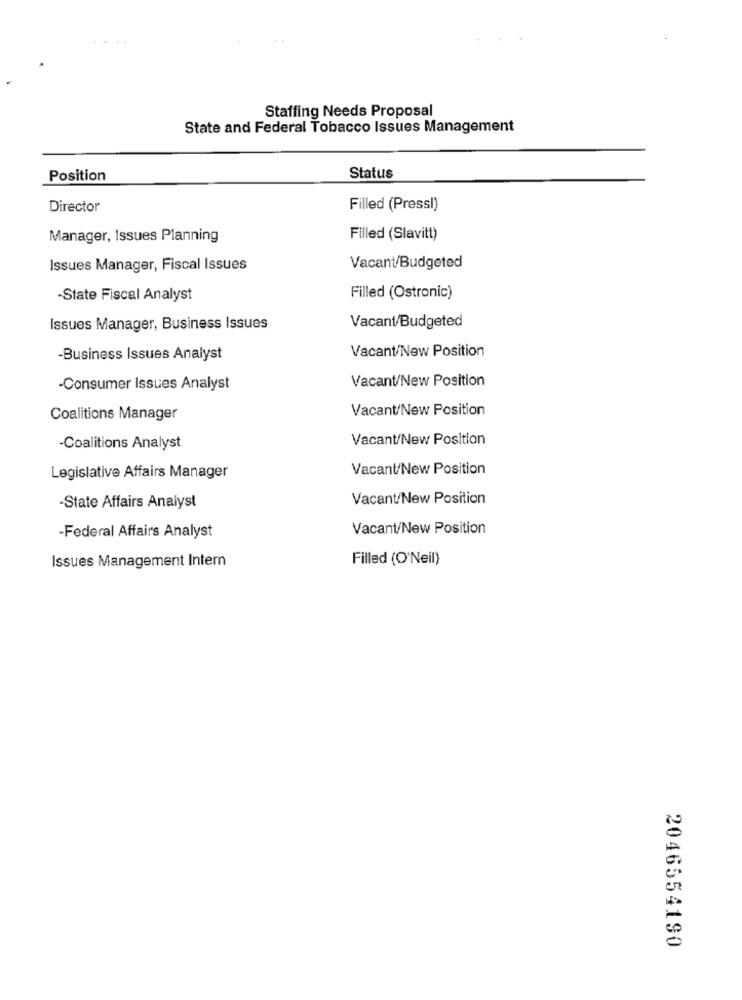
Staffing Needs Proposal
State and Federal Tobacco Issues Management
Position
Status
Director
Filled (Pressl)
Manager, Issues Planning
Filled (Slavitt)
Issues Manager, Fiscal Issues
Vacant/Budgeted
-State Fiscal Analyst
Filled (Ostronic)
Issues Manager, Business Issues
Vacant/Budgeted
Vacant/New Position
-Business Issues Analyst
Vacant/New Position
-Consumer Issues Analyst
Vacant/New Position
Coalitions Manager
Vacant/New Position
-Coalitions Analyst
Vacant/New Position
Legislative Affairs Manager
-State Affairs Analyst
Vacant/New Position
-Federal Affairs Analyst
Vacant/New Position
Issues Management Intern
Filled (O'Neil)
2046554190